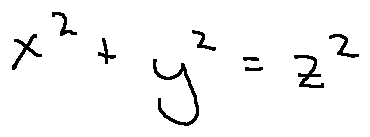
x ^ { 2 } + y ^ { 2 } = z ^ { 2 }